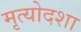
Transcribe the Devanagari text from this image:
मृत्योदशा